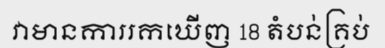
វាមានការរកឃើញ 18 តំបន់គ្រប់